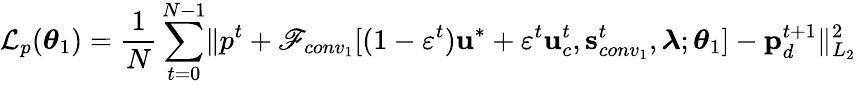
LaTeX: \mathcal{L}_{p}(\boldsymbol{\theta}_{1})=\frac{1}{N}\sum_{t=0}^{N-1}\lVert p^{t}+\mathscr{F}_{conv_{1}}[(1-\varepsilon^{t})\mathbf{u}^{*}+\varepsilon^{t}\mathbf{u}_{c}^{t},\mathbf{s}_{conv_{1}}^{t},\boldsymbol{\lambda};\boldsymbol{\theta}_{1}]-\mathbf{p}_{d}^{t+1}\rVert_{L_{2}}^{2}